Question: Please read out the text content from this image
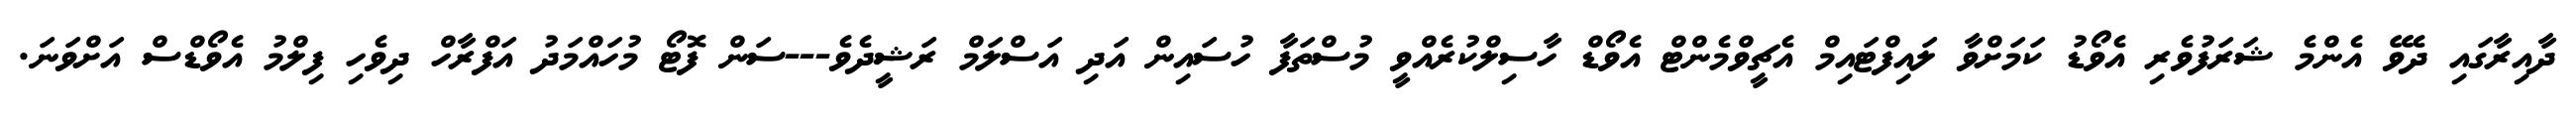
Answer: ދާއިރާގައި ދެވޭ އެންމެ ޝަރަފުވެރި އެވޯޑު ކަމަށްވާ ލައިފްޓައިމް އެޗީވްމެންޓް އެވޯޑް ހާސިލްކުރެއްވީ މުސްތަފާ ހުސައިން އަދި އަސްލަމް ރަޝީދެވެ---ސަން ފޮޓޯ މުހައްމަދު އަފްރާހް ދިވެހި ފިލްމު އެވޯޑްސް އަށްވަނަ.